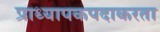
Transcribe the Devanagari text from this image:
प्राध्यापकपदाकरता